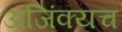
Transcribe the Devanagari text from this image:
अजिंक्यच